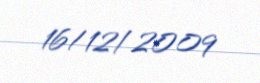
16/12/2009